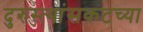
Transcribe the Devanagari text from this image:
दुरुस्त्यांसकटच्या